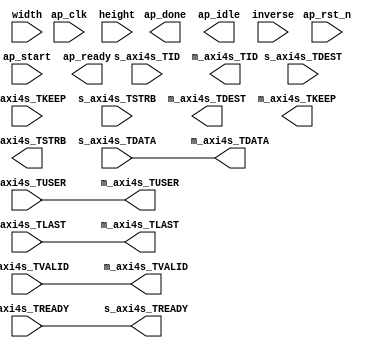
`timescale 1ns/1ps

module video_filter_0
        (
            input   wire            ap_clk,
            input   wire            ap_rst_n,
            input   wire            ap_start,
            output  wire            ap_done,
            output  wire            ap_idle,
            output  wire            ap_ready,

            input   wire            s_axi4s_TVALID,
            output  wire            s_axi4s_TREADY,
            input   wire [23 : 0]   s_axi4s_TDATA,
            input   wire [0 : 0]    s_axi4s_TDEST,
            input   wire [2 : 0]    s_axi4s_TKEEP,
            input   wire [2 : 0]    s_axi4s_TSTRB,
            input   wire [0 : 0]    s_axi4s_TUSER,
            input   wire [0 : 0]    s_axi4s_TLAST,
            input   wire [0 : 0]    s_axi4s_TID,

            output  wire            m_axi4s_TVALID,
            input   wire            m_axi4s_TREADY,
            output  wire [23 : 0]   m_axi4s_TDATA,
            output  wire [0 : 0]    m_axi4s_TDEST,
            output  wire [2 : 0]    m_axi4s_TKEEP,
            output  wire [2 : 0]    m_axi4s_TSTRB,
            output  wire [0 : 0]    m_axi4s_TUSER,
            output  wire [0 : 0]    m_axi4s_TLAST,
            output  wire [0 : 0]    m_axi4s_TID,

            input   wire [15 : 0]   width,
            input   wire [15 : 0]   height,
            input   wire            inverse
        );


    assign m_axi4s_TVALID = s_axi4s_TVALID;
    assign m_axi4s_TDATA  = s_axi4s_TDATA;
    assign m_axi4s_TUSER  = s_axi4s_TUSER;
    assign m_axi4s_TLAST  = s_axi4s_TLAST;
    assign s_axi4s_TREADY = m_axi4s_TREADY;
    
endmodule